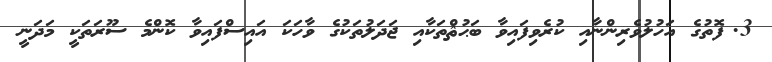
3.	ފޮތުގެ އަހުލުވެރިންނާއި ކުރެވިފައިވާ ބަޙުޘްތަކާއި ޖަދަލުތަކުގެ ވާހަކަ އައިސްފައިވާ ކޮންމެ ސޫރަތަކީ މަދަނީ